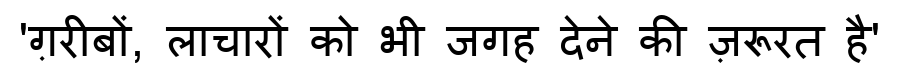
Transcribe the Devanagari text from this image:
'ग़रीबों, लाचारों को भी जगह देने की ज़रूरत है'